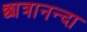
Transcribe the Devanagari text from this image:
छात्रानन्दा